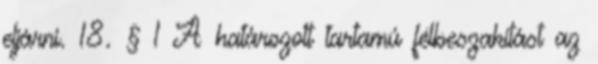
eljárni. 18. § 1 A határozott tartamú félbeszakítást az